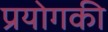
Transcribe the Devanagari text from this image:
प्रयोगकी